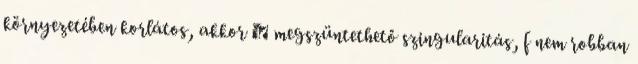
környezetében korlátos, akkor ∞ megszüntethető szingularitás, f nem robban